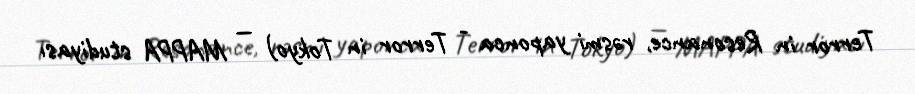
Terror in Resonance, rəsmi yaponca - Terror in Tokyo) — MAPPA studiyası